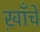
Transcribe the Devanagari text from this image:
ख़ाँचे